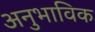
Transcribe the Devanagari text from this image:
अनुभाविक